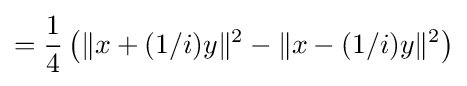
={\frac {1}{4}}\left(\|x+(1/i)y\|^{2}-\|x-(1/i)y\|^{2}\right)